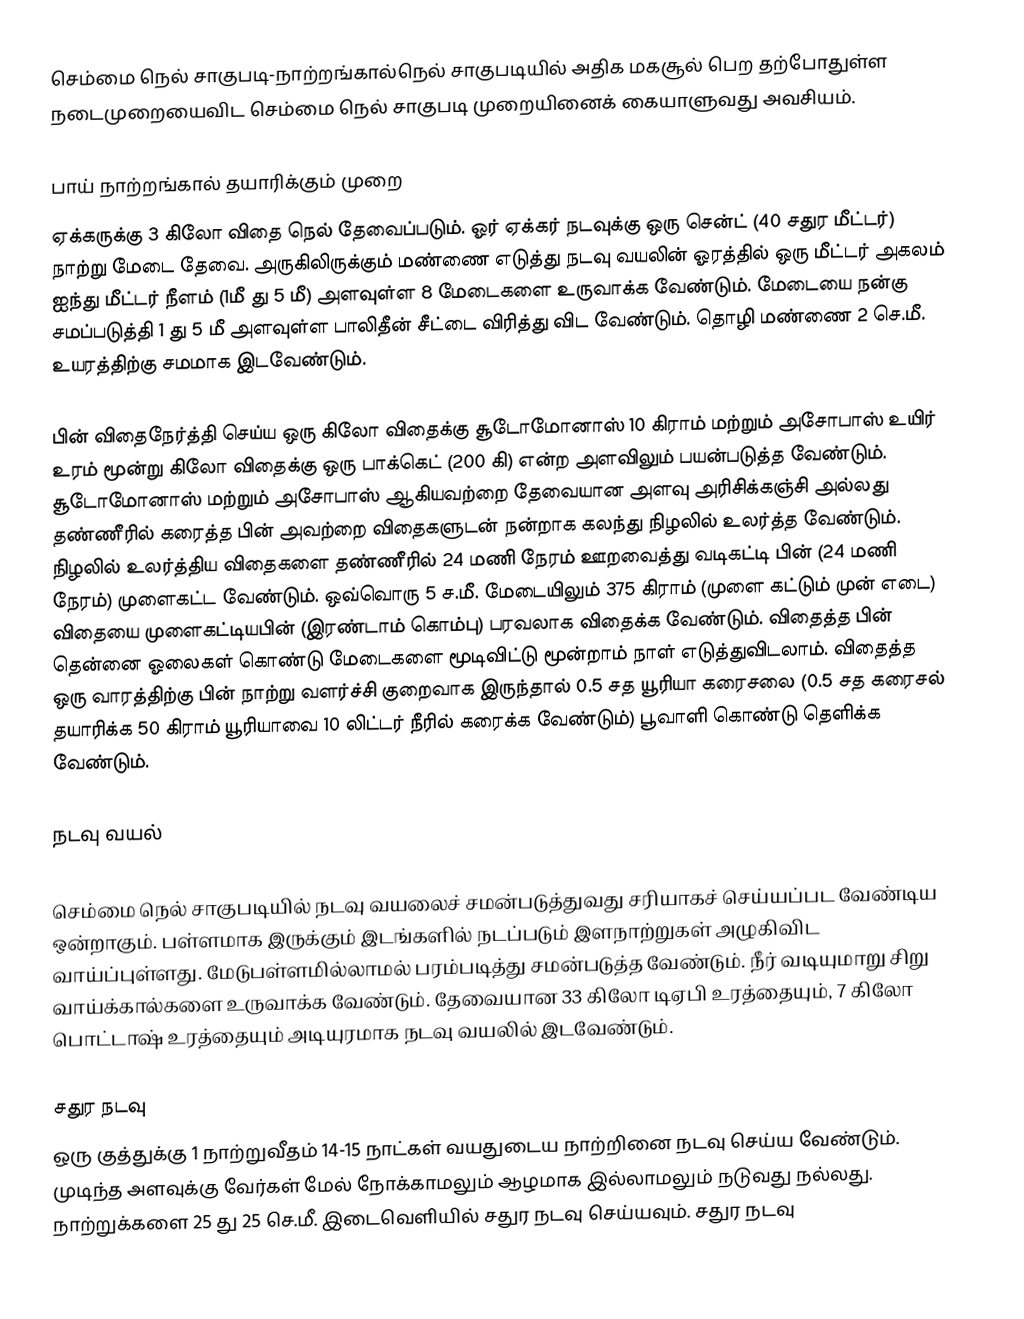
செம்மை நெல் சாகுபடி-நாற்றங்கால்நெல் சாகுபடியில் அதிக மகசூல் பெற தற்போதுள்ள நடைமுறையைவிட செம்மை நெல் சாகுபடி முறையினைக் கையாளுவது அவசியம்.

பாய் நாற்றங்கால் தயாரிக்கும் முறை
ஏக்கருக்கு 3 கிலோ விதை நெல் தேவைப்படும். ஓர் ஏக்கர் நடவுக்கு ஒரு சென்ட் (40 சதுர மீட்டர்) நாற்று மேடை தேவை. அருகிலிருக்கும் மண்ணை எடுத்து நடவு வயலின் ஓரத்தில் ஒரு மீட்டர் அகலம் ஐந்து மீட்டர் நீளம் (1மீ து 5 மீ) அளவுள்ள 8 மேடைகளை உருவாக்க வேண்டும். மேடையை நன்கு சமப்படுத்தி 1 து 5 மீ அளவுள்ள பாலிதீன் சீட்டை விரித்து விட வேண்டும். தொழி மண்ணை 2 செ.மீ. உயரத்திற்கு சமமாக இடவேண்டும்.

பின் விதைநேர்த்தி செய்ய ஒரு கிலோ விதைக்கு சூடோமோனாஸ் 10 கிராம் மற்றும் அசோபாஸ் உயிர் உரம் மூன்று கிலோ விதைக்கு ஒரு பாக்கெட் (200 கி) என்ற அளவிலும் பயன்படுத்த வேண்டும். சூடோமோனாஸ் மற்றும் அசோபாஸ் ஆகியவற்றை தேவையான அளவு அரிசிக்கஞ்சி அல்லது தண்ணீரில் கரைத்த பின் அவற்றை விதைகளுடன் நன்றாக கலந்து நிழலில் உலர்த்த வேண்டும். நிழலில் உலர்த்திய விதைகளை தண்ணீரில் 24 மணி நேரம் ஊறவைத்து வடிகட்டி பின் (24 மணி நேரம்) முளைகட்ட வேண்டும். ஒவ்வொரு 5 ச.மீ. மேடையிலும் 375 கிராம் (முளை கட்டும் முன் எடை) விதையை முளைகட்டியபின் (இரண்டாம் கொம்பு) பரவலாக விதைக்க வேண்டும். விதைத்த பின் தென்னை ஓலைகள் கொண்டு மேடைகளை மூடிவிட்டு மூன்றாம் நாள் எடுத்துவிடலாம். விதைத்த ஒரு வாரத்திற்கு பின் நாற்று வளர்ச்சி குறைவாக இருந்தால் 0.5 சத யூரியா கரைசலை (0.5 சத கரைசல் தயாரிக்க 50 கிராம் யூரியாவை 10 லிட்டர் நீரில் கரைக்க வேண்டும்) பூவாளி கொண்டு தெளிக்க வேண்டும்.

நடவு வயல்

செம்மை நெல் சாகுபடியில் நடவு வயலைச் சமன்படுத்துவது சரியாகச் செய்யப்பட வேண்டிய ஒன்றாகும். பள்ளமாக இருக்கும் இடங்களில் நடப்படும் இளநாற்றுகள் அழுகிவிட வாய்ப்புள்ளது. மேடுபள்ளமில்லாமல் பரம்படித்து சமன்படுத்த வேண்டும். நீர் வடியுமாறு சிறு வாய்க்கால்களை உருவாக்க வேண்டும். தேவையான 33 கிலோ டிஏபி உரத்தையும், 7 கிலோ பொட்டாஷ் உரத்தையும் அடியுரமாக நடவு வயலில் இடவேண்டும்.

சதுர நடவு
ஒரு குத்துக்கு 1 நாற்றுவீதம் 14-15 நாட்கள் வயதுடைய நாற்றினை நடவு செய்ய வேண்டும். முடிந்த அளவுக்கு வேர்கள் மேல் நோக்காமலும் ஆழமாக இல்லாமலும் நடுவது நல்லது. நாற்றுக்களை 25 து 25 செ.மீ. இடைவெளியில் சதுர நடவு செய்யவும். சதுர நடவு